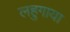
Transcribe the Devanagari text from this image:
लहुगाया